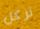
تركل